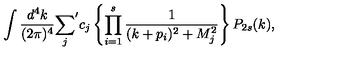
\int { \frac { d ^ { 4 } k } { ( 2 \pi ) ^ { 4 } } } { \sum _ { j } } ^ { \prime } c _ { j } \left\{ \prod _ { i = 1 } ^ { s } { \frac { 1 } { ( k + p _ { i } ) ^ { 2 } + M _ { j } ^ { 2 } } } \right\} P _ { 2 s } ( k ) ,